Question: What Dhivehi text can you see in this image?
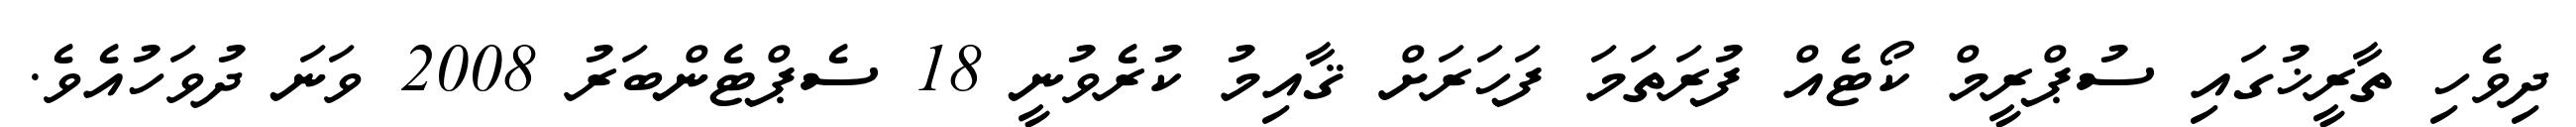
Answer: ދިވެހި ތާރީޚުގައި ސުޕްރީމް ކޯޓެއް ފުރަތަމަ ފަހަރަށް ޤާއިމު ކުރެވުނީ 18 ސެޕްޓެންބަރު 2008 ވަނަ ދުވަހުއެވެ.